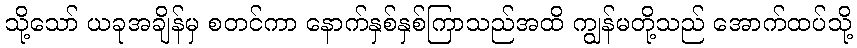
သို့သော် ယခုအချိန်မှ စတင်ကာ နောက်နှစ်နှစ်ကြာသည်အထိ ကျွန်မတို့သည် အောက်ထပ်သို့